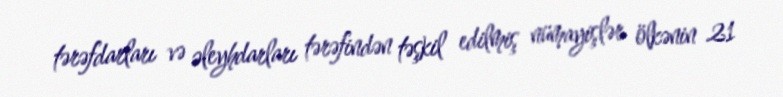
tərəfdarları və əleyhdarları tərəfindən təşkil edilmiş nümayişlər ölkənin 21